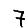
Digit: 7